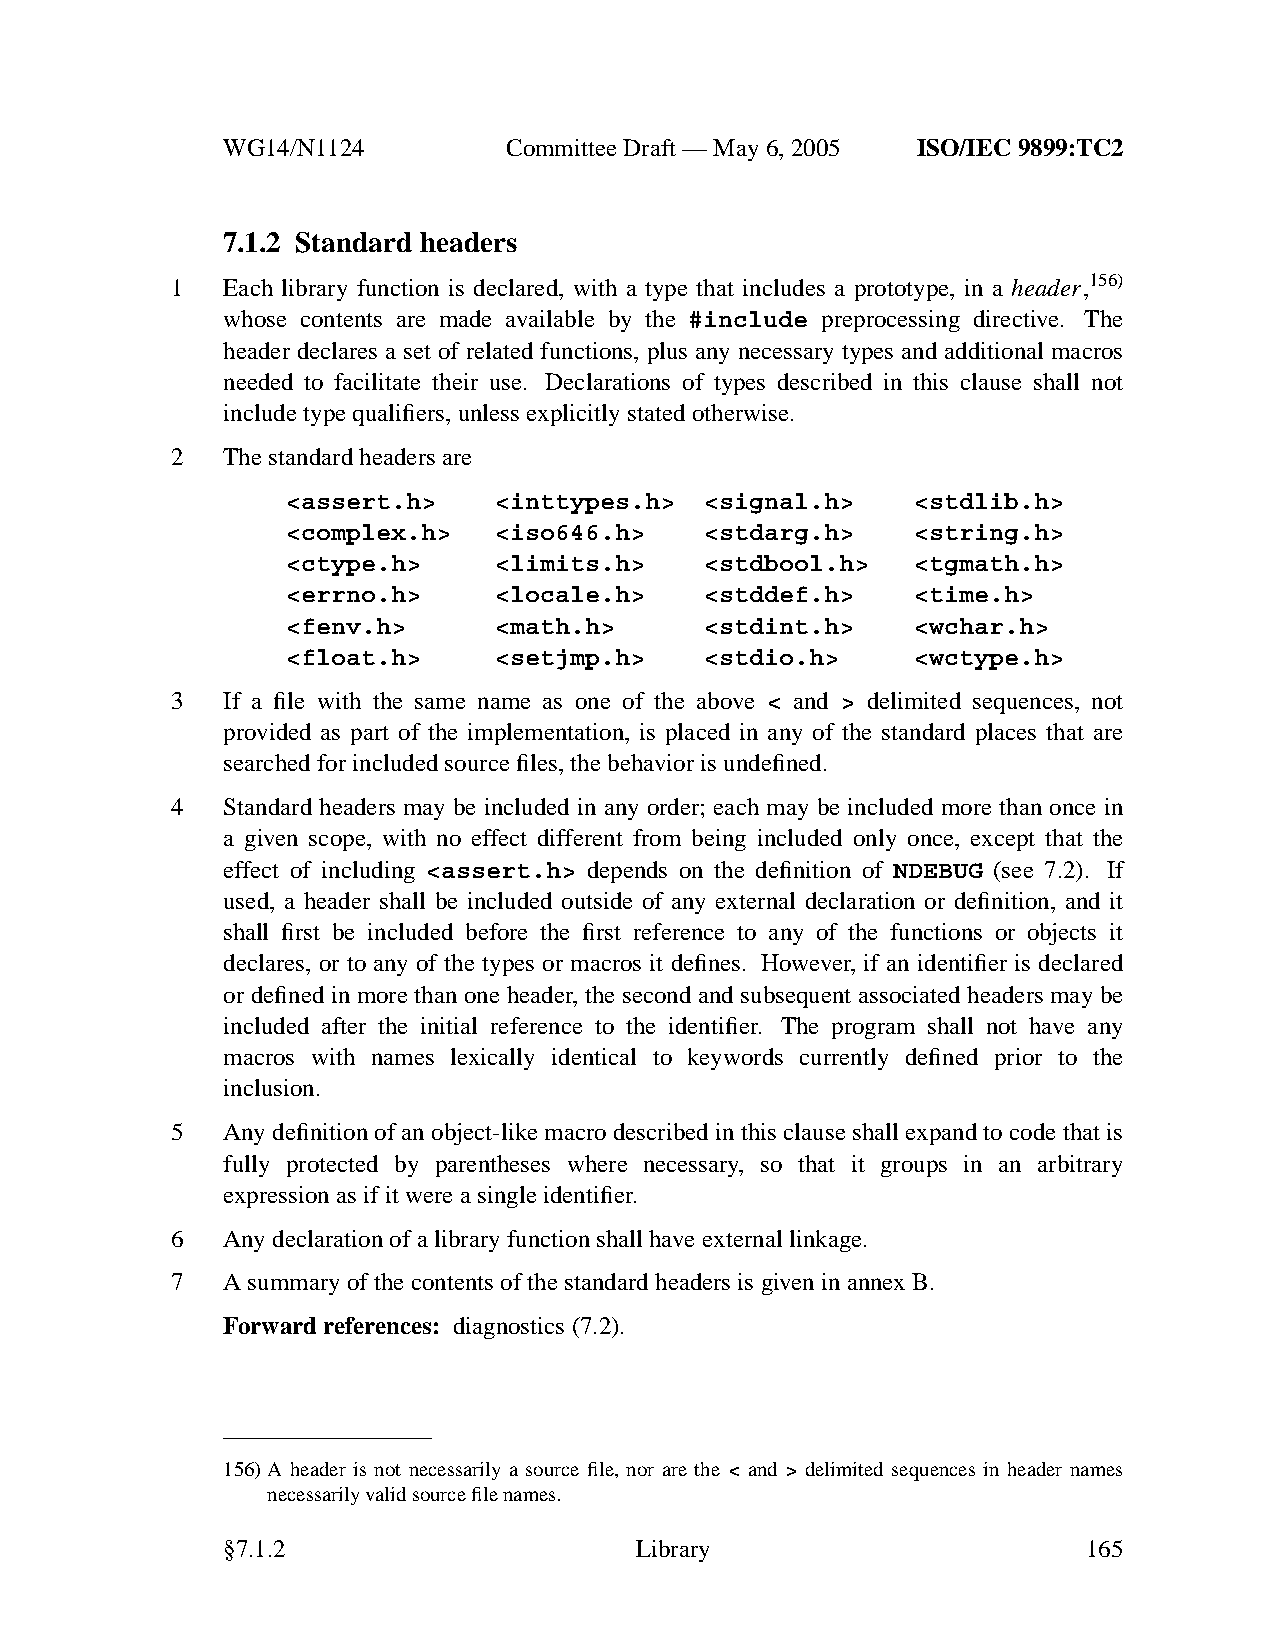
WG14/N1124        CommitteeDraft — May 6, 2005 ISO/IEC 9899:TC2
 7.1.2 Standard headers
 1   Each library function is declared, with a type that includes a prototype, in a header,156)
 whose contents are made available by the #include preprocessing directive. The
 header declares a set of related functions, plus any necessary types and additional macros
 needed to facilitate their use. Declarations of types described in this clause shall not
 include type qualifiers, unless explicitly stated otherwise.
 2   The standard headers are
 <assert.h>    <inttypes.h>  <signal.h>    <stdlib.h>
 <complex.h>   <iso646.h>    <stdarg.h>    <string.h>
 <ctype.h>     <limits.h>    <stdbool.h>   <tgmath.h>
 <errno.h>     <locale.h>    <stddef.h>    <time.h>
 <fenv.h>      <math.h>      <stdint.h>    <wchar.h>
 <float.h>     <setjmp.h>    <stdio.h>     <wctype.h>
 3   If a file with the same name as one of the above < and > delimited sequences, not
 provided as part of the implementation, is placed in any of the standard places that are
 searched for included source files, the behavior is undefined.
 4   Standard headers may be included in any order; each may be included more than once in
 a giv en scope, with no effect different from being included only once, except that the
 effect of including <assert.h> depends on the definition of NDEBUG (see 7.2). If
 used, a header shall be included outside of any external declaration or definition, and it
 shall first be included before the first reference to any of the functions or objects it
 declares, or to any of the types or macros it defines. However, if an identifier is declared
 or defined in more than one header, the second and subsequent associated headers may be
 included after the initial reference to the identifier. The program shall not have any
 macros with names lexically identical to keywords currently defined prior to the
 inclusion.
 5   Any definition of an object-like macro described in this clause shall expand to code that is
 fully protected by parentheses where necessary, so that it groups in an arbitrary
 expression as if it were a single identifier.
 6   Anydeclaration of a library function shall have external linkage.
 7   Asummary of the contents of the standard headers is giveninannexB.
 Forward references: diagnostics (7.2).
 156)A header is not necessarily a source file, nor are the < and > delimited sequences in header names
 necessarily valid source file names.
 §7.1.2                     Library                       165